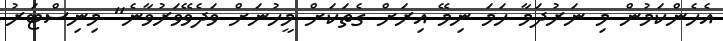
އެހެންކަމުން މި ނަރުދަމާ ހަމަ ނިމޭ އިރަށް ގެތަކަށް މީހުނަށް ވަދެވޭވަރުވާނެ" މިނިސްޓަރު